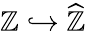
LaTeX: \mathbb{Z}\hookrightarrow{\widehat{\mathbb{Z}}}